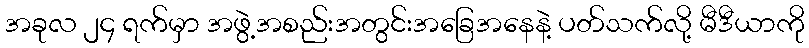
အခုလ ၂၄ ရက်မှာ အဖွဲ့အစည်းအတွင်းအခြေအနေနဲ့ ပတ်သက်လို့ မီဒီယာကို